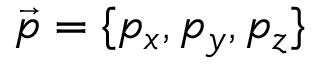
\vec { p } = \{ p _ { x } , p _ { y } , p _ { z } \}